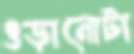
ওড়ানোটা